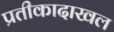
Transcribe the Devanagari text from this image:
प्रतीकादाखल